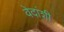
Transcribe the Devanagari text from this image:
वेदांशी